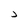
Character: J